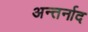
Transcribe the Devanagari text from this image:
अन्तर्नाद